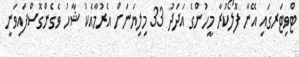
ޓްވިޓަރގައި އޭނާ ފޮލޯކުރާ މީހުންގެ އަދަދު 33 މިލިޔަނަށް އެރުމާއެކު ޝާހު ވެގެންގޮސްފައިވަނީ